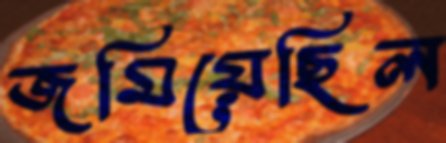
জমিয়েছিল